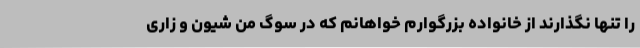
را تنها نگذارند از خانواده بزرگوارم خواهانم که در سوگ من شیون و زاری